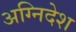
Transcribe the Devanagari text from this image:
अग्निदेश